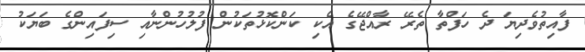
ފާއިތުވެދިޔަ ދެ ހަފްތާ ތެރޭ ރާއްޖޭގެ އެކި ކަންކޮޅުތަކުން ފުލުހުންނާއި ސިފައިންގެ ބަޔަކު